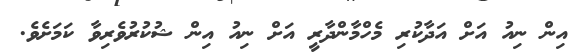
އިން ނިއު އަށް އަދާކުރި މެހްމާންދާރީ އަށް ނިއު އިން ޝުކުރުވެރިވާ ކަމަށެވެ.